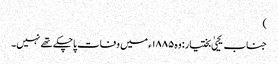
)
جناب یحییٰ بختیار: وہ ۱۸۸۵ء میں وفات پاچکے تھے نہیں۔